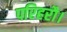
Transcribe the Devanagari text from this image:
परिहरौ।